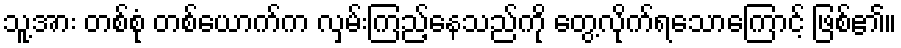
သူ့အား တစ်စုံ တစ်ယောက်က လှမ်းကြည့်နေသည်ကို တွေ့လိုက်ရသောကြောင့် ဖြစ်၏။